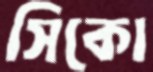
সিকো